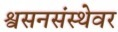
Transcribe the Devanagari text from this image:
श्वसनसंस्थेवर